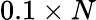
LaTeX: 0.1\times N